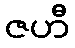
ဇဟီ